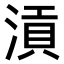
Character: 𣹟